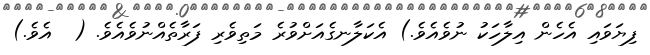
ފިޔަވައި އެހެން އިލާހަކު ނުވެއެވެ.) އެކަލާނގެއަށްވުރެ މަތިވެރި ފަރާތެއްނުވެއެވެ. (  އެވެ.)